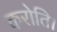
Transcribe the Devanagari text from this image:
करोति।